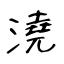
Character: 澆